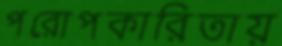
পরোপকারিতায়